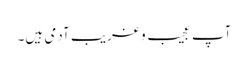
آپ عجیب و غریب آدمی ہیں۔